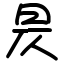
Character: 昃